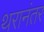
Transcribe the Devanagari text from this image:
थरानंतर